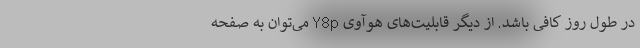
در طول روز کافی باشد. از دیگر قابلیت‌های هوآوی Y8p می‌توان به صفحه